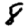
Digit: 8